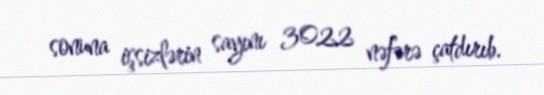
sonuna işsizlərin sayını 3022 nəfərə çatdırıb.